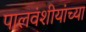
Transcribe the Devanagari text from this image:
पालवंशीयांच्या